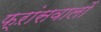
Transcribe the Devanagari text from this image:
फ्ऱांसवालों